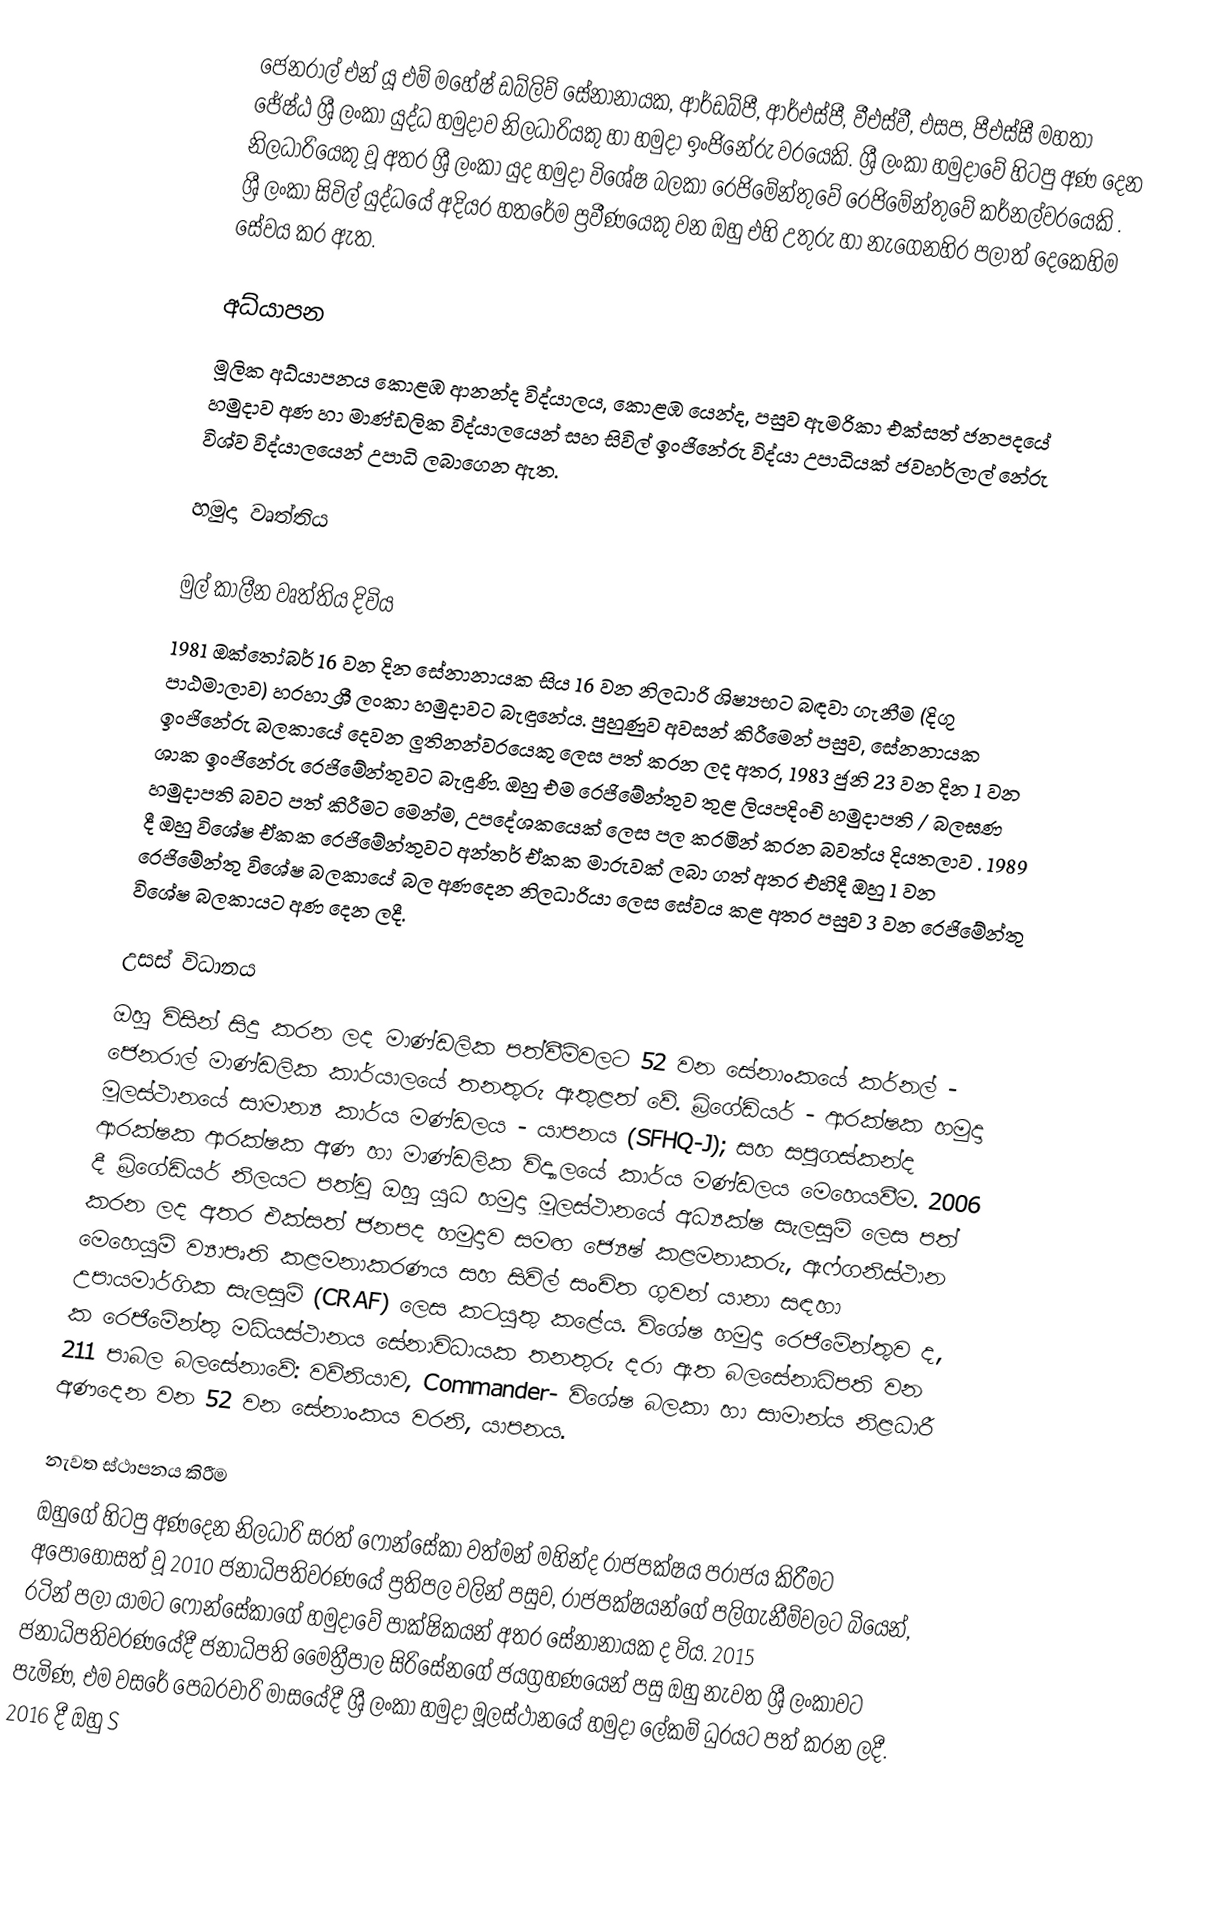
ජෙනරාල් එන් යූ එම් මහේෂ් ඩබ්ලිව් සේනානායක, ආර්ඩබ්පී, ආර්එස්පී, වීඑස්වී, එසප, පීඑස්සී මහතා ජේෂ්ඨ ශ්‍රී ලංකා යුද්ධ හමුදාව නිලධාරියකු හා හමුදා ඉංජිනේරු වරයෙකි. ශ්‍රී ලංකා හමුදාවේ හිටපු අණ දෙන නිලධාරියෙකු වූ අතර ශ්‍රී ලංකා යුද හමුදා විශේෂ බලකා රෙජිමේන්තුවේ රෙජිමේන්තුවේ කර්නල්වරයෙකි .  ශ්‍රී ලංකා සිවිල් යුද්ධයේ අදියර හතරේම ප්‍රවීණයෙකු වන ඔහු එහි උතුරු හා නැගෙනහිර පලාත් දෙකෙහිම සේවය කර ඇත.

අධ්යාපන
මූලික අධ්යාපනය කොළඹ ආනන්ද විද්යාලය, කොළඹ යෙන්ද, පසුව ඇමරිකා එක්සත් ජනපදයේ හමුදාව අණ හා මාණ්ඩලික විද්යාලයෙන් සහ සිවිල් ඉංජිනේරු විද්යා උපාධියක් ජවහර්ලාල් නේරු විශ්ව විද්යාලයෙන් උපාධි ලබාගෙන ඇත.

හමුදා වෘත්තිය

මුල් කාලීන වෘත්තිය දිවිය
1981 ඔක්තෝබර් 16 වන දින සේනානායක සිය 16 වන නිලධාරි ශිෂ්‍යභට බඳවා ගැනීම (දිගු පාඨමාලාව) හරහා ශ්‍රී ලංකා හමුදාවට බැඳුනේය.  පුහුණුව අවසන් කිරීමෙන් පසුව, සේනනායක ඉංජිනේරු බලකායේ දෙවන ලුතිනන්වරයෙකු ලෙස පත් කරන ලද අතර, 1983 ජුනි 23 වන දින 1 වන ශාක ඉංජිනේරු රෙජිමේන්තුවට බැඳුණි.  ඔහු එම රෙජිමේන්තුව තුළ ලියපදිංචි හමුදාපති / බලඝණ හමුදාපති බවට පත් කිරීමට මෙන්ම, උපදේශකයෙක් ලෙස පල කරමින් කරන බවත්ය දියතලාව .   1989 දී ඔහු විශේෂ ඒකක රෙජිමේන්තුවට අන්තර් ඒකක මාරුවක් ලබා ගත් අතර එහිදී ඔහු 1 වන රෙජිමේන්තු විශේෂ බලකායේ බල අණදෙන නිලධාරියා ලෙස සේවය කළ අතර පසුව 3 වන රෙජිමේන්තු විශේෂ බලකායට අණ දෙන ලදී.

උසස් විධානය
ඔහු විසින් සිදු කරන ලද මාණ්ඩලික පත්වීම්වලට 52 වන සේනාංකයේ කර්නල් - ජෙනරාල් මාණ්ඩලික කාර්යාලයේ තනතුරු ඇතුළත් වේ. බ්‍රිගේඩියර් - ආරක්ෂක හමුදා මූලස්ථානයේ සාමාන්‍ය කාර්ය මණ්ඩලය - යාපනය (SFHQ-J); සහ සපුගස්කන්ද ආරක්ෂක ආරක්ෂක අණ හා මාණ්ඩලික විද්‍යාලයේ කාර්ය මණ්ඩලය මෙහෙයවීම.   2006 දී බ්‍රිගේඩියර් නිලයට පත්වූ ඔහු යුධ හමුදා මූලස්ථානයේ අධ්‍යක්ෂ සැලසුම් ලෙස පත් කරන ලද අතර එක්සත් ජනපද හමුදාව සමඟ ජ්‍යෙෂ් කළමනාකරු, ඇෆ්ගනිස්ථාන මෙහෙයුම් ව්‍යාපෘති කළමනාකරණය සහ සිවිල් සංචිත ගුවන් යානා සඳහා උපායමාර්ගික සැලසුම් (CRAF) ලෙස කටයුතු කළේය.   විශේෂ හමුදා රෙජිමේන්තුව ද, ක රෙජිමේන්තු මධ්යස්ථානය සේනාවිධායක තනතුරු දරා ඇත බලසේනාධිපති වන 211 පාබල බලසේනාවේ: වව්නියාව, Commander- විශේෂ බලකා හා සාමාන්ය නිළධාරී අණදෙන වන 52 වන සේනාංකය වරනි, යාපනය.

නැවත ස්ථාපනය කිරීම
ඔහුගේ හිටපු අණදෙන නිලධාරි සරත් ෆොන්සේකා වත්මන් මහින්ද රාජපක්ෂය පරාජය කිරීමට අපොහොසත් වූ 2010 ජනාධිපතිවරණයේ ප්‍රතිපල වලින් පසුව, රාජපක්ෂයන්ගේ පලිගැනීම්වලට බියෙන්, රටින් පලා යාමට ෆොන්සේකාගේ හමුදාවේ පාක්ෂිකයන් අතර සේනානායක ද විය.  2015 ජනාධිපතිවරණයේදී ජනාධිපති මෛත්‍රීපාල සිරිසේනගේ ජයග්‍රහණයෙන් පසු ඔහු නැවත ශ්‍රී ලංකාවට පැමිණ, එම වසරේ පෙබරවාරි මාසයේදී ශ්‍රී ලංකා හමුදා මූලස්ථානයේ හමුදා ලේකම් ධුරයට පත් කරන ලදී.    2016 දී ඔහු S